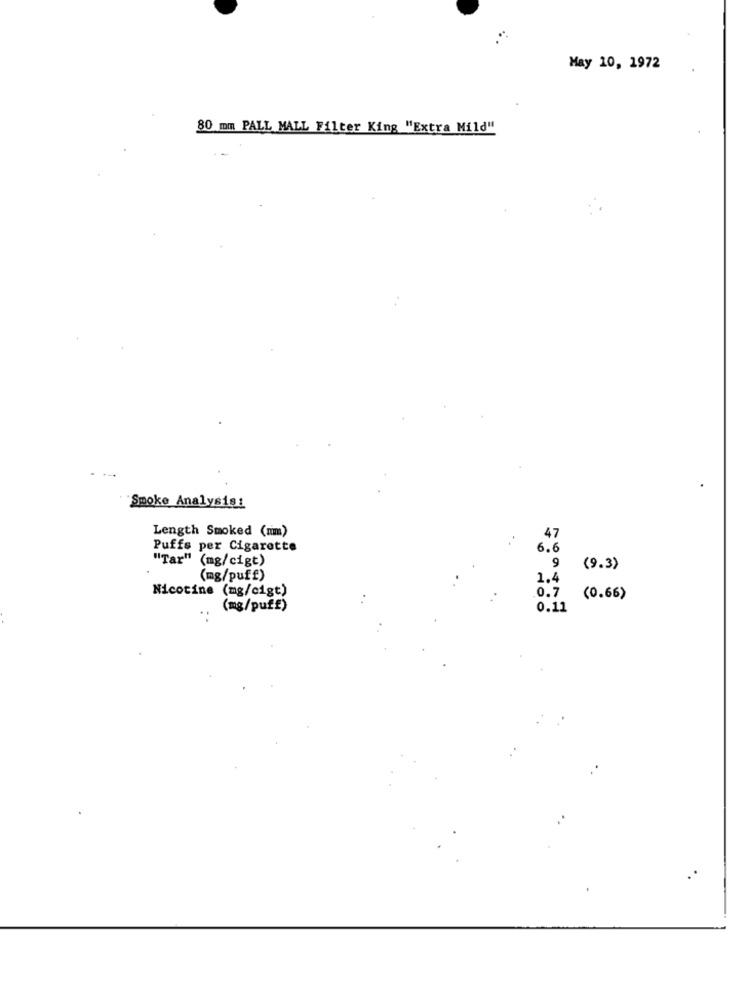
May 10, 1972
80 mm PALL MALL Filter King "Extra Mild"
Smoke Analysis:
Length Smoked (nm)
47
Puffs per Cigarette
6.6
"Tar" (mg/cigt)
9
(9.3)
(mg/puff)
1.4
Nicotine (mg/cigt)
.0.7
(0.66)
(mg/puff)
0.11